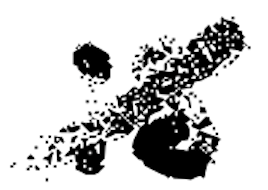
Text: is
Cross-out: diagonal
Writing tool: digital_black